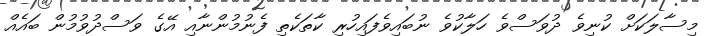
މިސާލަކަށް ކުނިވެ ދުވަސްވެ ހަލާކުވެ ނުބައިވެފައިހުރި ކާތަކެތި ފެނުމުންނާއި އޭގެ ވަސްދުވުމުން ބައެއް